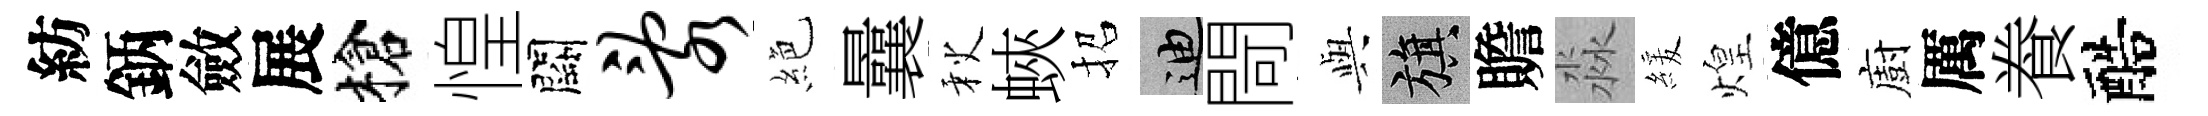
紡鈵斂展槍惶闕乱絶曩秋蛺招迪閜𫤰旗贍淼緩煌億廚厲飬醅